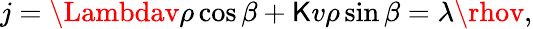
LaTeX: j=\Lambdav\rho\cos{\beta}+\mathsf{K}v\rho\sin{\beta}=\lambda\rhov,